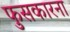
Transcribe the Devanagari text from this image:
फुसकारना